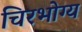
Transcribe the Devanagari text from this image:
चिरभोग्य